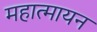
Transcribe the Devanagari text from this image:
महात्मायन